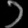
Digit: ၁